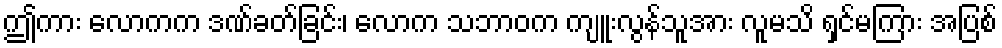
ဤကား လောကက ဒဏ်ခတ်ခြင်း၊ လောက သဘာဝက ကျူးလွန်သူအား လူမသိ ရှင်မကြား အပြစ်